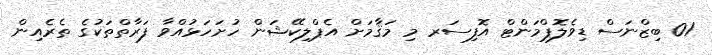
01 ބިޒްނަސް ޑިވެލޮޕްމަންޓް އޮފިސަރ މި މަޤާމަށް އެޕްލިކޭޝަން ހުށަހަޅުއްވާ ފަރާތްތަކުގެ ތެރެއިން